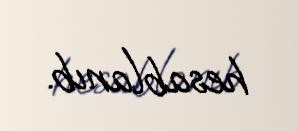
hesablanıb.